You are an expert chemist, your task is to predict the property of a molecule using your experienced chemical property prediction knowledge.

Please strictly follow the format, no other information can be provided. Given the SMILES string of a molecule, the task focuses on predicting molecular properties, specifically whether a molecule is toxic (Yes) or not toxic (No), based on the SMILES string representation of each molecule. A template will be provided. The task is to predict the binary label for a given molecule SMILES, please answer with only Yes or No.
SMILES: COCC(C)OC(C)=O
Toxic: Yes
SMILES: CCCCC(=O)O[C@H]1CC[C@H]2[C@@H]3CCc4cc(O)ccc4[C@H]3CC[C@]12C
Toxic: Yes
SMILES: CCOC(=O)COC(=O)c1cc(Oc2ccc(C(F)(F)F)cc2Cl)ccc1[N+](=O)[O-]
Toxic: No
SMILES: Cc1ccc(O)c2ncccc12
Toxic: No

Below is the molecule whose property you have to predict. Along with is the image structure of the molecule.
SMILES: CCCC(C)c1ccccc1O
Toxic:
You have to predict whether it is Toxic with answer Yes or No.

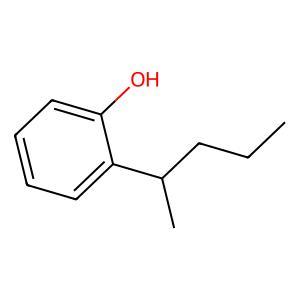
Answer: No